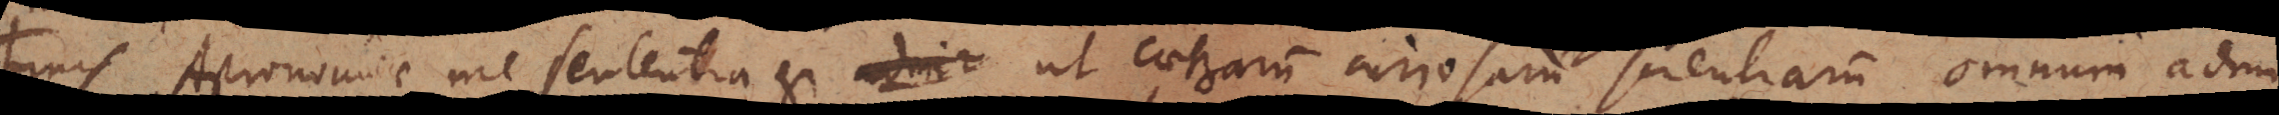
Finis Astronomiae mea sententia est ut caeterarum curiosarum scientiarum omnium admi